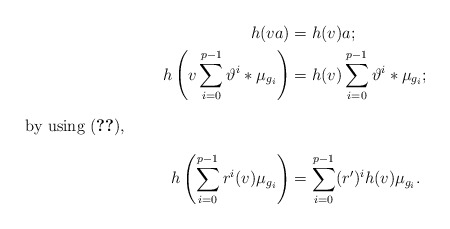
\begin{align*}h(va) &= h(v)a;\\h \left( v \sum _{i=0}^{p-1}\vartheta^{i}* \mu_{g_{i}} \right) &= h(v) \sum _{i=0}^{p-1}\vartheta^{i}* \mu_{g_{i}};\\\intertext{by using (\ref{derivacionAccion}),}h \left( \sum _{i=0}^{p-1} r^i(v) \mu_{g_{i}} \right) &= \sum _{i=0}^{p-1} (r')^i h(v) \mu_{g_{i}}.\\\end{align*}